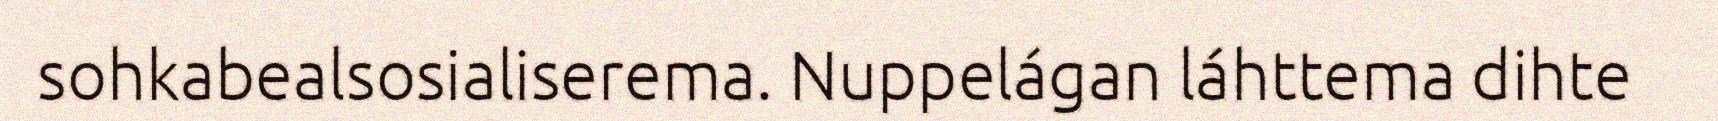
sohkabealsosialiserema. Nuppelágan láhttema dihte